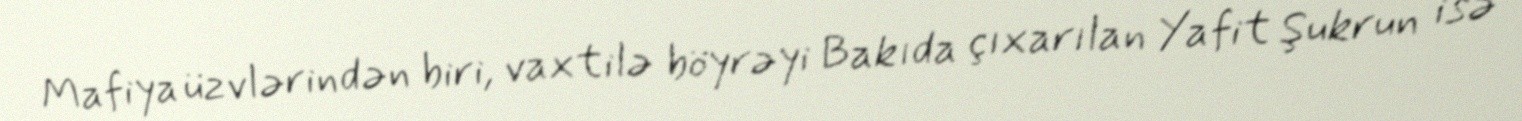
Mafiya üzvlərindən biri, vaxtilə böyrəyi Bakıda çıxarılan Yafit Şukrun isə